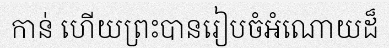
កាន់ ហើយព្រះបានរៀបចំអំណោយដ៏